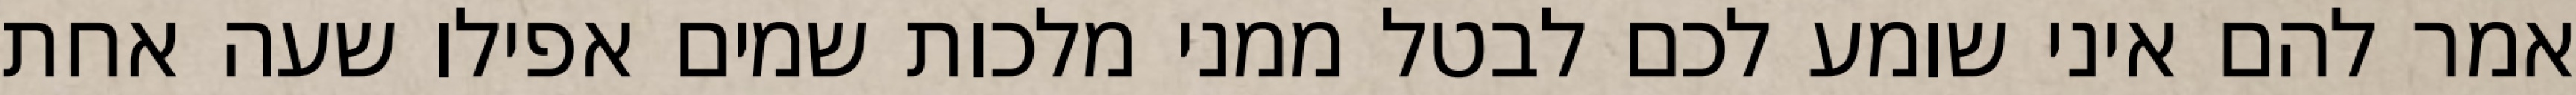
אמר להם איני שומע לכם לבטל ממני מלכות שמים אפילו שעה אחת